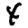
Digit: 4